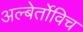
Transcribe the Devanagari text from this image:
अल्बेर्तोविच